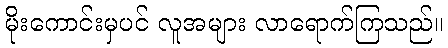
မိုးကောင်းမှပင် လူအများ လာရောက်ကြသည်။